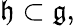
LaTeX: {\mathfrak{h}}\subset{\mathfrak{g}},